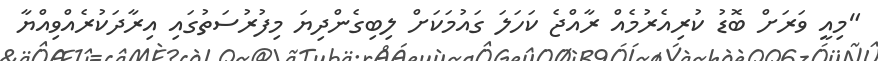
"މިއީ ވަރަށް ބޮޑު ކުރިއެރުމެއް ރާއްޖެ ކަހަލަ ގައުމަކަށް ލިބިގެންދިޔަ މިފުރުސަތުގައި އިރާދަކުރެއްވިއްޔާ